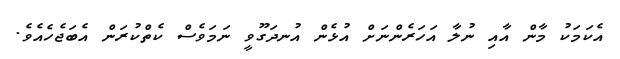
އެކަމަކު މާން އާއި ނުލާ އަހަރެންނަށް އުޅެން އުނދަގޫވީ ނަމަވެސް ކެތްކުރަން އެބަޖެހެއެވެ.